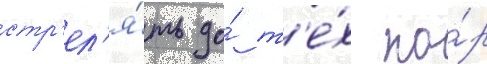
стр'ел'я́ть до́ т'е́х по́р